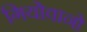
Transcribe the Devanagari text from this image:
गियोवानो